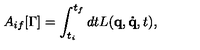
A _ { i f } [ \Gamma ] = \int _ { t _ { i } } ^ { t _ { f } } d t L ( \mathbf { q } , \mathbf { \dot { q } } , t ) ,